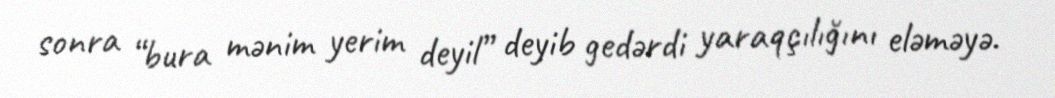
sonra “bura mənim yerim deyil” deyib gedərdi yaraqçılığını eləməyə.